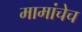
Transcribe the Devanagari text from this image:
मामांचेच